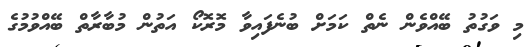
މި ވަގުތު ބޭއްވެން ނެތް ކަމަށް ބުނެފައިވާ މޮރޮކޯ އަތުން މުބާރާތް ބޭއްވުމުގެ